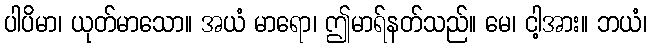
ပါပိမာ၊ ယုတ်မာသော။ အယံ မာရော၊ ဤမာရ်နတ်သည်။ မေ၊ ငါ့အား။ ဘယံ၊